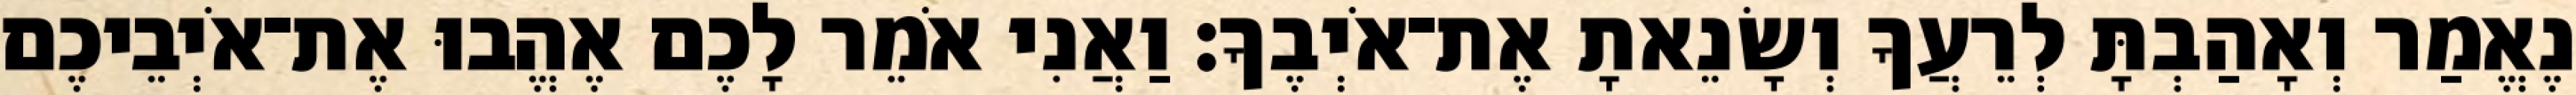
נֶאֱמַר וְאָהַבְתָּ לְרֵעֲךָ וְשָׂנֵאתָ אֶת־אֹיְבֶךָ׃ וַאֲנִי אֹמֵר לָכֶם אֶהֱבוּ אֶת־אֹיְבֵיכֶם